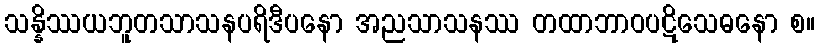
သန္နိဿယဘူတသာသနပရိဒီပနော အညသာသနဿ တထာဘာဝပဋိသေဓနော စ။